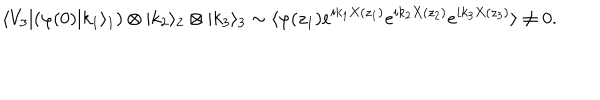
\langle V _ { 3 } | ( \varphi ( 0 ) | k _ { 1 } \rangle _ { 1 } ) \otimes | k _ { 2 } \rangle _ { 2 } \otimes | k _ { 3 } \rangle _ { 3 } \sim \langle \varphi ( z _ { 1 } ) e ^ { i k _ { 1 } X ( z _ { 1 } ) } e ^ { i k _ { 2 } X ( z _ { 2 } ) } e ^ { i k _ { 3 } X ( z _ { 3 } ) } \rangle \neq 0 .